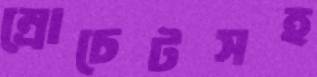
ম্রোচেটসহ